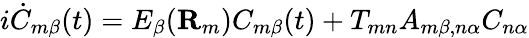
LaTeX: i\dot{C}_{m\beta}(t)=E_{\beta}(\mathbf R_{m})C_{m\beta}(t)+T_{mn}A_{m\beta,n\alpha}C_{n\alpha}